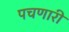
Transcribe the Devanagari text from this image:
पचणारी